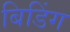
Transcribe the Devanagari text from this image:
बिडिंग